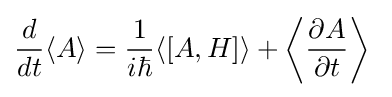
{\frac {d}{dt}}\langle A\rangle ={\frac {1}{i\hbar }}\langle [A,H]\rangle +\left\langle {\frac {\partial A}{\partial t}}\right\rangle ~